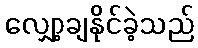
လျှော့ချနိုင်ခဲ့သည်